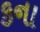
કના